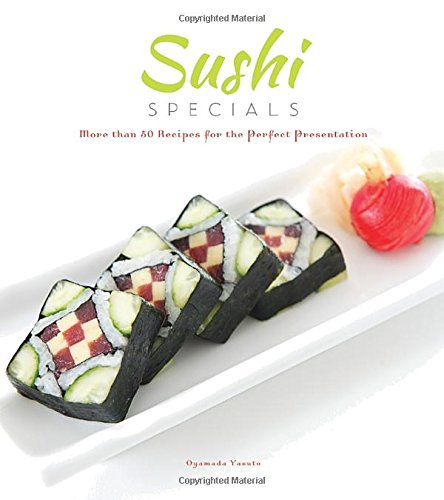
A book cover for Sushi Specials: More than 50 Recipes for the Perfect Presentation; Oyamada Yasuto; Cookbooks, Food & Wine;